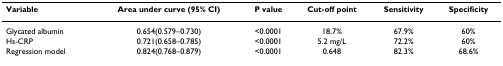
<table><thead><tr><td><b>Variable</b></td><td><b>Area under curve (95% CI)</b></td><td><b>P value</b></td><td><b>Cut-off point</b></td><td><b>Sensitivity</b></td><td><b>Specificity</b></td></tr></thead><tbody><tr><td>Glycated albumin</td><td>0.654(0.579–0.730)</td><td>&lt;0.0001</td><td>18.7%</td><td>67.9%</td><td>60%</td></tr><tr><td>Hs-CRP</td><td>0.721(0.658–0.785)</td><td>&lt;0.0001</td><td>5.2 mg/L</td><td>72.2%</td><td>60%</td></tr><tr><td>Regression model</td><td>0.824(0.768–0.879)</td><td>&lt;0.0001</td><td>0.648</td><td>82.3%</td><td>68.6%</td></tr></tbody></table>